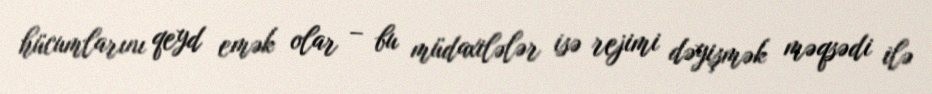
hücumlarını qeyd emək olar – bu müdaxilələr isə rejimi dəyişmək məqsədi ilə